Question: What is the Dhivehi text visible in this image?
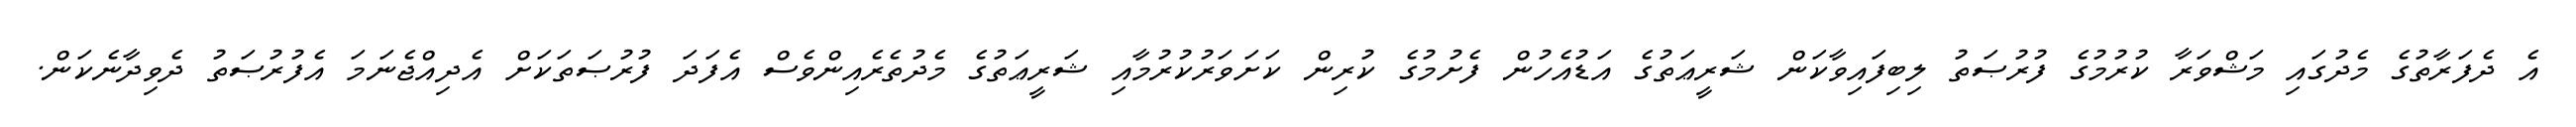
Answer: އެ ދެފަރާތުގެ މެދުގައި މަޝްވަރާ ކުރުމުގެ ފުރުޞަތު ލިބިފައިވާކަން ޝަރީޢަތުގެ އަޑުއެހުން ފެށުމުގެ ކުރިން ކަށަވަރުކުރުމާއި ޝަރީޢަތުގެ މެދުތެރެއިންވެސް އެފަދަ ފުރުޞަތަކަށް އެދިއްޖެނަމަ އެފުރުޞަތު ދެވިދާނެކަން.